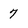
Character: 7